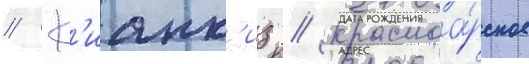
// К'ианк'из // Красноа́рское